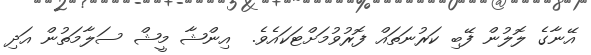
އޭނާގެ ލޮލުން ފޭބި ކަރުނަތައް ފޮރުވުމަށްޓަކައެވެ.  އިންޝާ މީޝް ސަލާމަތުން އަދި